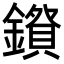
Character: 𮣅